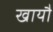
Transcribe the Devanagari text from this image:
खायौ